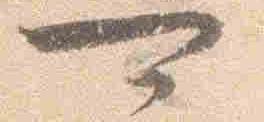
可